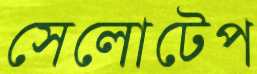
সেলোটেপ